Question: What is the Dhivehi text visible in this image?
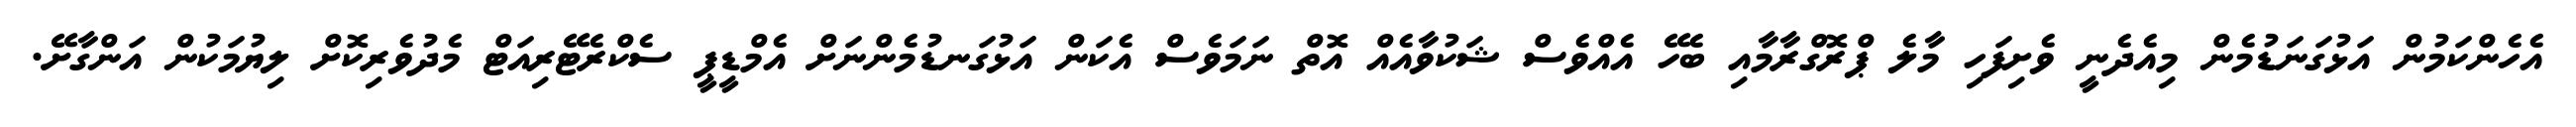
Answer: އެހެންކަމުން އަޅުގަނަޑުމެން މިއެދެނީ ވެށިފަހި މާލެ ޕްރޮގްރާމާއި ބެހޭ އެއްވެސް ޝަކުވާއެއް އޮތް ނަމަވެސް އެކަން އަޅުގަނޑުމެންނަށް އެމްޑީޕީ ސެކްރެޓޭރިއަޓް މެދުވެރިކޮށް ލިޔުމަކުން އަންގާށޭ.